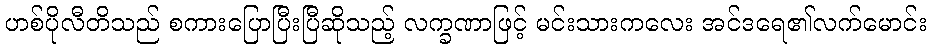
ဟစ်ပိုလီတိသည် စကားပြောပြီးပြီဆိုသည့် လက္ခဏာဖြင့် မင်းသားကလေး အင်ဒရေ၏လက်မောင်း